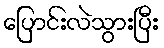
ပြောင်းလဲသွားပြီး